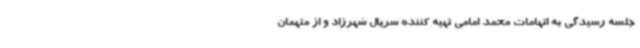
جلسه رسیدگی به اتهامات محمد امامی تهیه کننده سریال شهرزاد و از متهمان